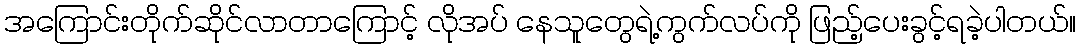
အကြောင်းတိုက်ဆိုင်လာတာကြောင့် လိုအပ် နေသူတွေရဲ့ကွက်လပ်ကို ဖြည့်ပေးခွင့်ရခဲ့ပါတယ်။